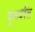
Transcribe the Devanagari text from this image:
कुरुवत्ति